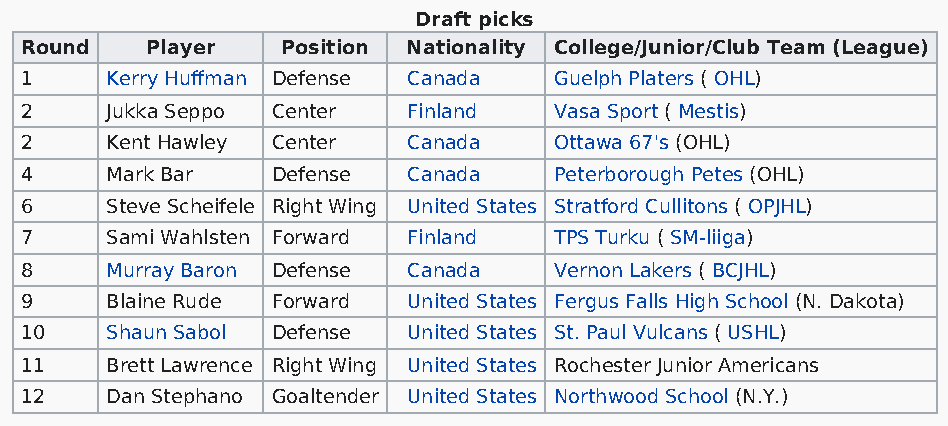
Draft picks
 Round    Player   Position Nationality College/Junior/Club Team (League)
 1     Kerry Huffman Defense Canada  Guelph Platers ( OHL)
 2     Jukka Seppo Center  Finland   Vasa Sport ( Mestis)
 2     Kent Hawley Center  Canada    Ottawa 67's (OHL)
 4     Mark Bar   Defense  Canada    Peterborough Petes (OHL)
 6     Steve Scheifele Right Wing United States Stratford Cullitons ( OPJHL)
 7     Sami Wahlsten Forward Finland TPS Turku ( SM-liiga)
 8     Murray Baron Defense Canada   Vernon Lakers ( BCJHL)
 9     Blaine Rude Forward United States Fergus Falls High School (N. Dakota)
 10    Shaun Sabol Defense United States St. Paul Vulcans ( USHL)
 11    Brett Lawrence Right Wing United States Rochester Junior Americans
 12    Dan Stephano Goaltender United States Northwood School (N.Y.)